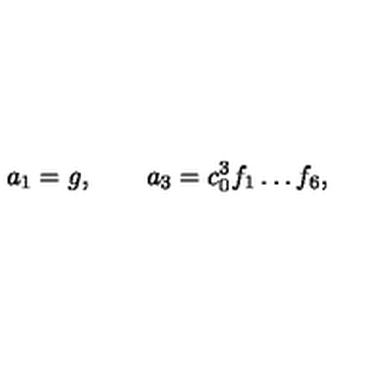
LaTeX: a _ { 1 } = g , \qquad a _ { 3 } = c _ { 0 } ^ { 3 } f _ { 1 } \dots f _ { 6 } ,